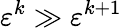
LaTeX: \varepsilon^{k}\gg\varepsilon^{k+1}